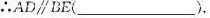
∴AD\parallel BE(____)。